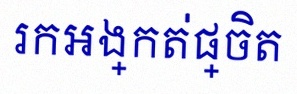
រកអង្កត់ផ្ចិត